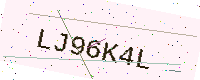
Text: LJ96K4L